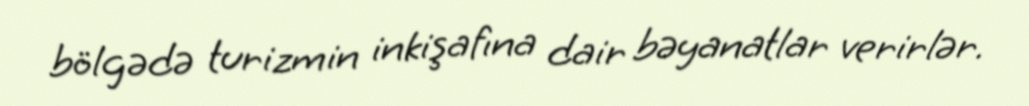
bölgədə turizmin inkişafına dair bəyanatlar verirlər.